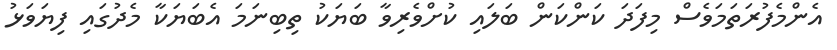
އެންމެފުރަތަމަވެސް މިފަދަ ކަންކަން ބަލައި ކުށްވެރިވާ ބަޔަކު ތިބިނަމަ އެބަޔަކާ މެދުގައި ފިޔަވަޅު